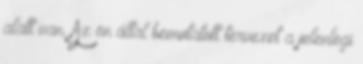
alatt van. Az ön által bemutatott tervezet a jelenlegi